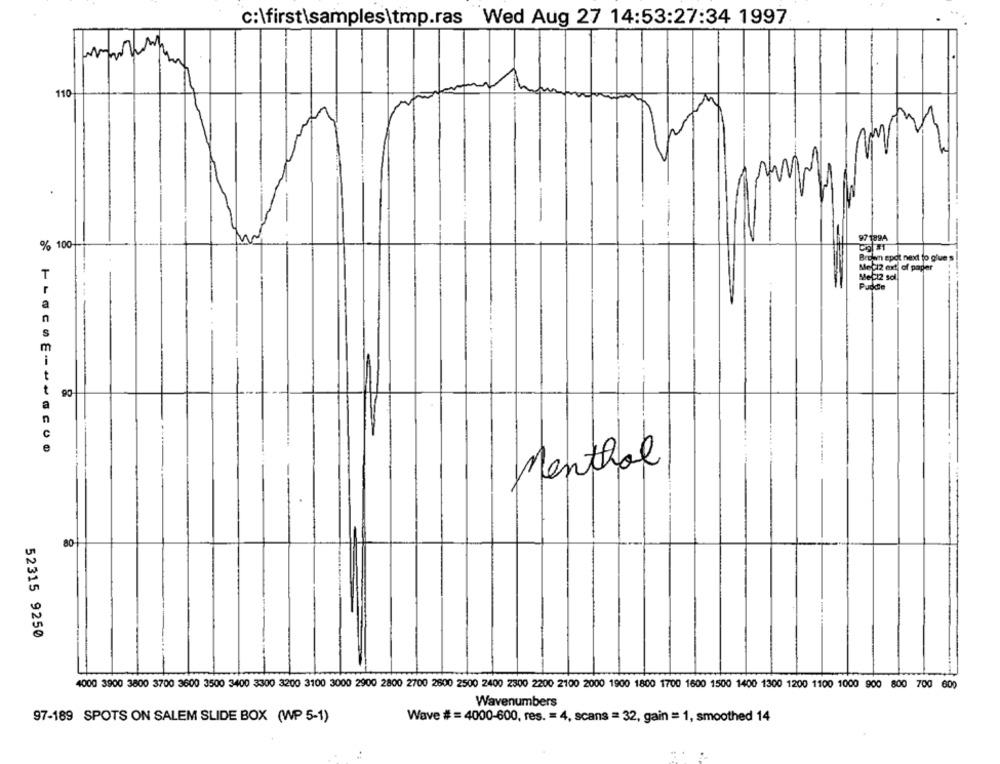
c:\first\samples\tmp.ras Wed Aug 27 14:53:27:34 1997
110
97 1894
% 100-
Brown epot next to glue's
Meci2 ext of paper
T
MeC12 sol
Pudde
a
n
S
m
t
t
90
n
C
e
Menthol
80
52315 9250
4000 3900 3800 3700 3600 3500 3400 3300 3200 3100 3000 2900 2800 2700 2600 2500 2400 2300 2200 2100 2000 1900 1800 1700 1600 1500 1400 1300 1200 1100 1000 900 800 700 600
Wavenumbers
97-189 SPOTS ON SALEM SLIDE BOX (WP 5-1)
Wave # =4000-600, res. = 4, scans = 32, gain = 1, smoothed 14